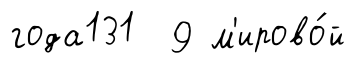
года131 9 м'ирово́й